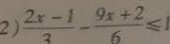
2 ) \frac { 2 x - 1 } { 3 } - \frac { 9 x + 2 } { 6 } \leq 1